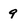
Character: 9